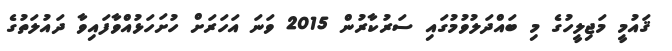
ޤައުމީ މަޖިލީހުގެ މި ބައްދަލުވުމުގައި ސަރުކާރުން 2015 ވަނަ އަހަރަށް ހުށަހަޅުއްވާފައިވާ ދައުލަތުގެ